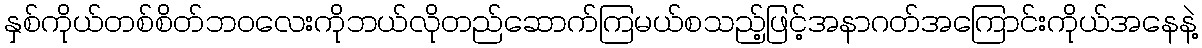
နှစ်ကိုယ်တစ်စိတ်ဘဝလေးကိုဘယ်လိုတည်ဆောက်ကြမယ်စသည့်ဖြင့်အနာဂတ်အကြောင်းကိုယ်အနေနဲ့